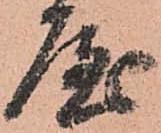
屋